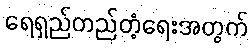
ရေရှည်တည်တံ့ရေးအတွက်